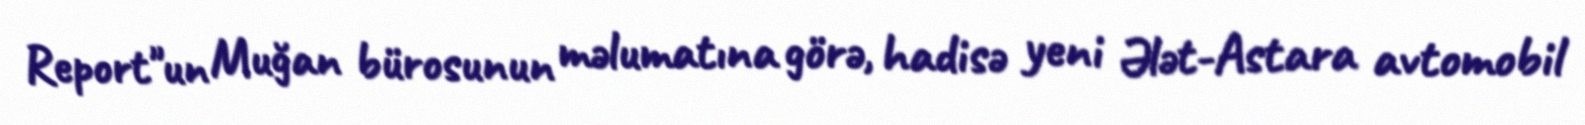
Report"un Muğan bürosunun məlumatına görə, hadisə yeni Ələt-Astara avtomobil